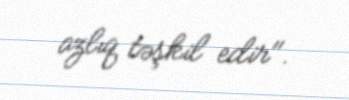
azlıq təşkil edir".